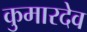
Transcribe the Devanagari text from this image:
कुमारदेव